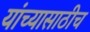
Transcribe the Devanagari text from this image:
यांच्यासाठीच